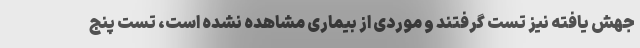
جهش یافته نیز تست گرفتند و موردی از بیماری مشاهده نشده است، تست پنج